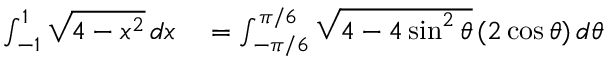
\begin{array} { r l } { \int _ { - 1 } ^ { 1 } { \sqrt { 4 - x ^ { 2 } } } \, d x } & { { } = \int _ { - \pi / 6 } ^ { \pi / 6 } { \sqrt { 4 - 4 \sin ^ { 2 } \theta } } \, ( 2 \cos \theta ) \, d \theta } \end{array}